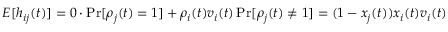
\begin{array} { r } { E [ h _ { i j } ( t ) ] = 0 \cdot \operatorname* { P r } [ \rho _ { j } ( t ) = 1 ] + \rho _ { i } ( t ) v _ { i } ( t ) \operatorname* { P r } [ \rho _ { j } ( t ) \neq 1 ] = ( 1 - x _ { j } ( t ) ) x _ { i } ( t ) v _ { i } ( t ) } \end{array}